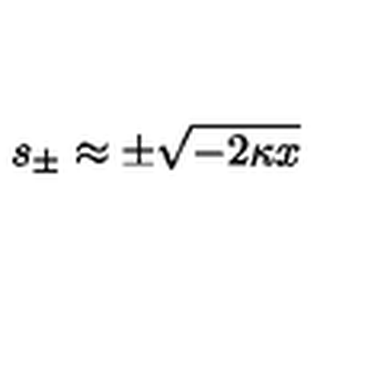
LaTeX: s _ { \pm } \approx \pm \sqrt { - 2 \kappa x }